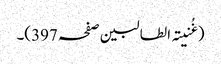
(غُنیتہ الطالبین صفحہ 397)۔